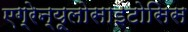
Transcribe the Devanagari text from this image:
एग्रेन्यूलोसाइटोसिस